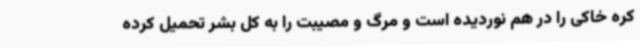
کره خاکی را در هم نوردیده است و مرگ و مصیبت را به کل بشر تحمیل کرده